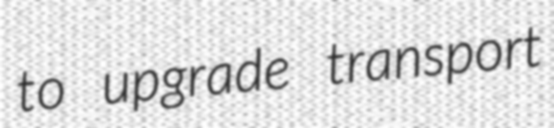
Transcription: to upgrade transport